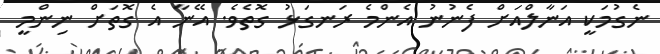
ނެގުމަކީ އަނާލްއަށް ފެނުނު އެންމެ ރަނގަޅު ގޮތެވެ. އޭނާ އެ ގޮތަށް ނިންމީ